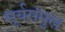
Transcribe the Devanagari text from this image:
सूर्यसंमुख